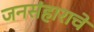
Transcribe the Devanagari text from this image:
जनसंहाराचे